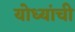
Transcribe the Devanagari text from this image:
योध्यांची